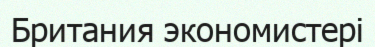
Британия экономистері